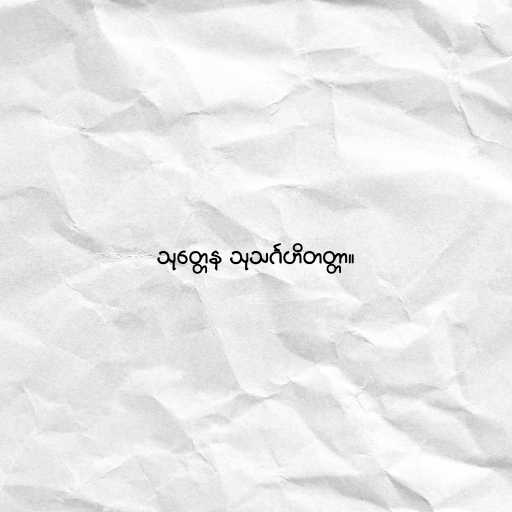
သုတ္တေန သုသင်္ဂဟိတတ္တာ။